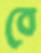
বে